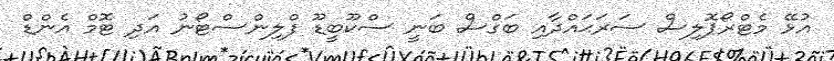
އުޅޭ މެޓްރޯޕޮލިސް ސަރަޙައްދާއި ބަގްސް ބަނީ ސްކޫބީޑޫ ފްލިންސްޓޯނު އަދި ޓޮމް އެންޑް